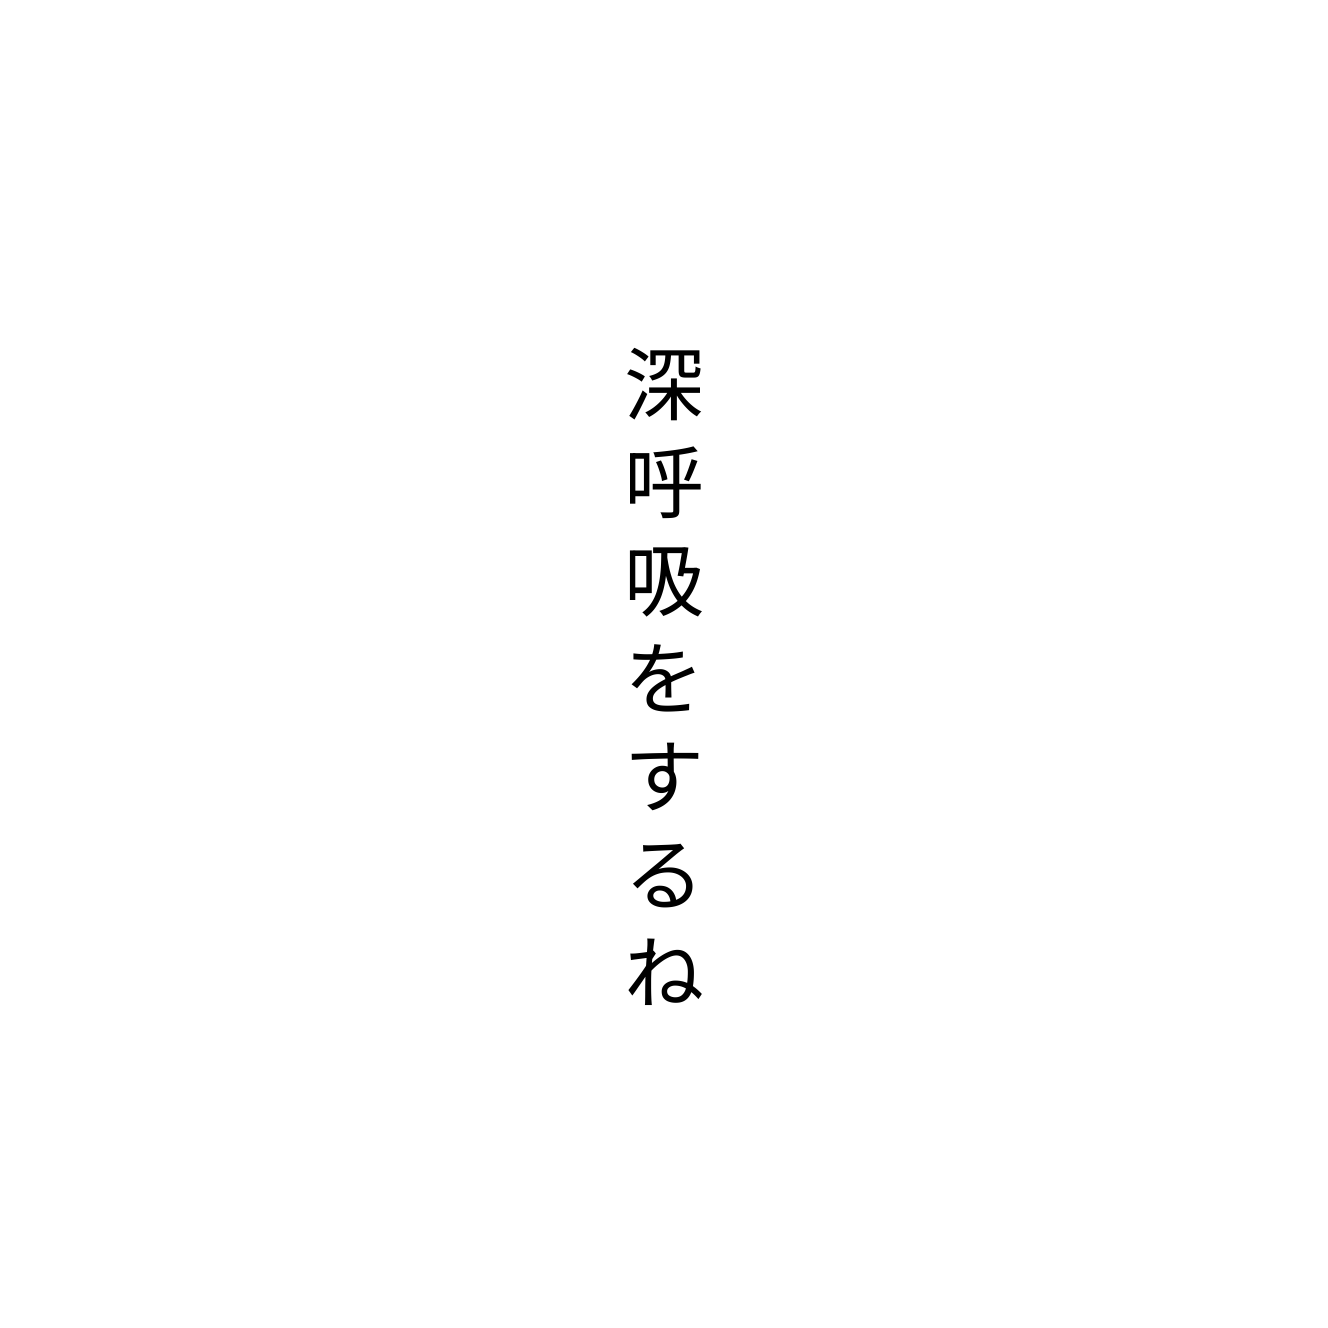
深呼吸をするね